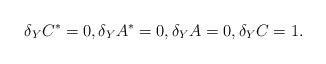
LaTeX: \begin{gather*}\delta_Y C^\ast=0 , \delta_Y A^\ast=0 ,\delta_Y A=0 , \delta_YC=1 .\end{gather*}